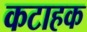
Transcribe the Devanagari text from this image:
कटाहक